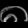
Digit: ၈